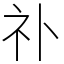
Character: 䃼